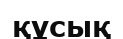
құсық